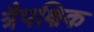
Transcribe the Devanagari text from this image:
त्रैपक्षिक